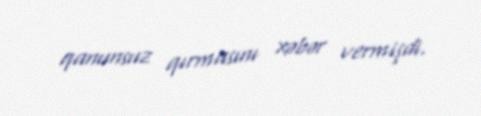
qanunsuz qırmasını xəbər vermişdi.